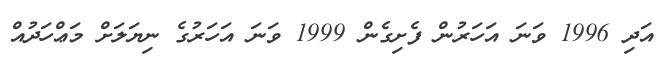
އަދި 1996 ވަނަ އަހަރުން ފެށިގެން 1999 ވަނަ އަހަރުގެ ނިޔަލަށް މަޢްހަދުއް